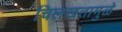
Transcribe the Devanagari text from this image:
चिलखतामुळे